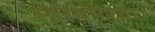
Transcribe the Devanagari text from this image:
स्वार्थपरता।